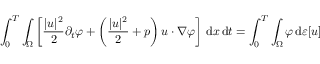
\int _ { 0 } ^ { T } \int _ { \Omega } \left[ \frac { | u | ^ { 2 } } { 2 } \partial _ { t } \varphi + \left( \frac { | u | ^ { 2 } } { 2 } + p \right) u \cdot \nabla \varphi \right] \, \mathrm { d } x \, \mathrm { d } t = \int _ { 0 } ^ { T } \int _ { \Omega } \varphi \, \mathrm { d } \varepsilon [ u ]